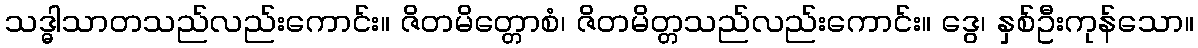
သဒ္ဓါသာတသည်လည်းကောင်း။ ဇိတမိတ္တောစံ၊ ဇိတမိတ္တသည်လည်းကောင်း။ ဒွေ၊ နှစ်ဦးကုန်သော။